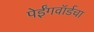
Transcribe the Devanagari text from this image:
पेईंगवॉर्डचा